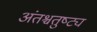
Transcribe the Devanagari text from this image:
अंतश्चतुष्ट्य